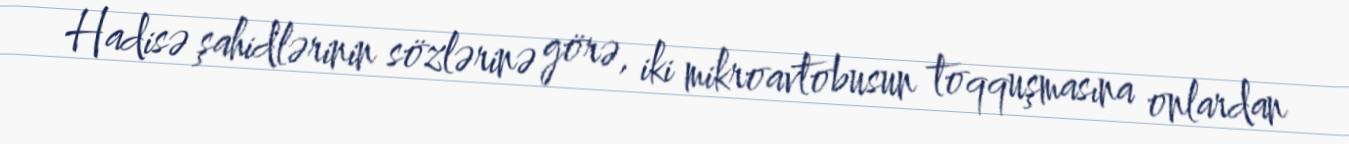
Hadisə şahidlərinin sözlərinə görə, iki mikroavtobusun toqquşmasına onlardan